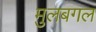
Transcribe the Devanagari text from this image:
मुलबगल